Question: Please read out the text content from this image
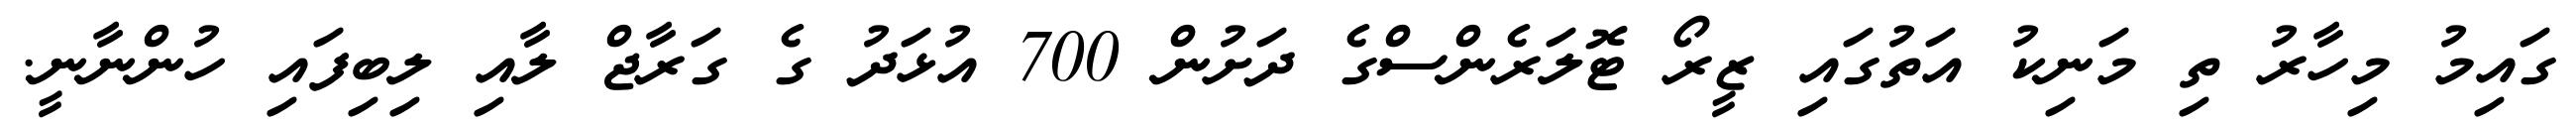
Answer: ގައިމު މިހާރު ތި މަނިކު އަތުގައި ޒީރޯ ޓޮލަރެންސްގެ ދަށުން 700 އުޅަދު ގެ ގަރާޖް ލާއި ލިބިފައި ހުންނާނީ.